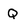
Character: Q